Mental hospitals Bombay report 1929-33 - 1929-1933
Year: 1929
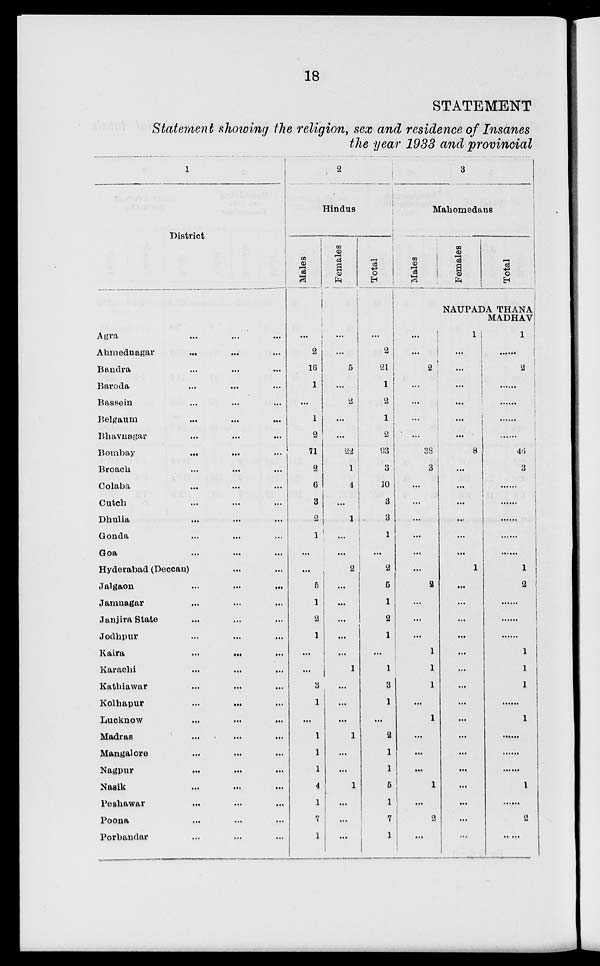
18
STATEMENT
Statement showing the religion, sex and residence of Insanes
the year 1933 and provincial
1
District
Agra
... ... ...
Ahmednagar
...
...
...
Bandra
...
...
...
Baroda
...
...
...
Bassein
...
...
...
Belgaum
...
...
...
Bhavnagar
...
...
...
Bombay
...
...
...
Broach
...
...
...
Colaba
...
...
...
Cutch
...
...
...
Dhulia
...
...
...
Gonda
...
...
...
Goa
...
...
...
Hyderabad (Deccan)
...
...
Jalgaon
...
...
...
Jamnagar
...
...
...
Janjira State
...
...
...
Jodhpur
...
...
...
Kaira
...
...
...
Karachi
...
...
...
Kathiawar
...
...
...
Kolhapur
...
...
...
Lucknow
...
...
...
Madras
...
...
...
Mangalore
...
...
...
Nagpur
...
...
...
Nasik
...
...
...
Peshawar
...
...
...
Poona
...
...
...
Porbandar
...
...
...
2
Hindus
Males
...
2
16
1
...
1
2
71
2
6
3
2
1
...
...
5
1
2
1
...
...
3
1
...
1
1
1
4
1
7
1
Females
...
...
5
...
2
...
...
22
1
4
...
1
...
...
2
...
...
...
...
...
1
...
...
...
1
...
...
1
...
...
...
Total
...
...
2
21
1
2
1
2
93
3
10
3
3
1
...
2
5
1
2
1
...
1
3
1
...
2
1
1
5
1
7
1
3
Mahomedans
Males
...
...
2
...
...
...
...
38
3
...
...
...
...
...
...
2
...
...
...
1
1
1
...
1
...
...
...
1
...
2
...
Females
Total
NAUPADA THANA
MADHAV
1
...
...
...
...
...
...
8
...
...
...
...
...
...
1
...
...
...
...
...
...
...
...
...
...
...
...
...
...
...
...
1
......
2
......
......
......
45
3
......
......
......
......
1
2
......
......
......
1
1
1
......
1
......
......
......
1
......
2
.....